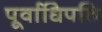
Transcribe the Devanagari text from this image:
पूर्वाधिपति